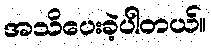
အသိပေးခဲ့ပါတယ်။